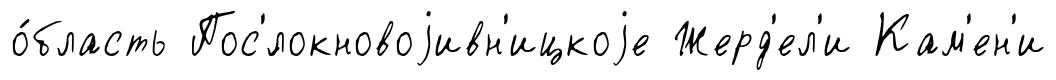
о́бласть Пос'́локновоjивн'ицкоjе Жерд'ел'и Кам'ен'и